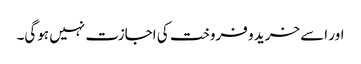
اور اسے خرید و فروخت کی اجازت نہیں ہوگی۔